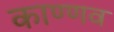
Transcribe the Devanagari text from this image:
काण्णव